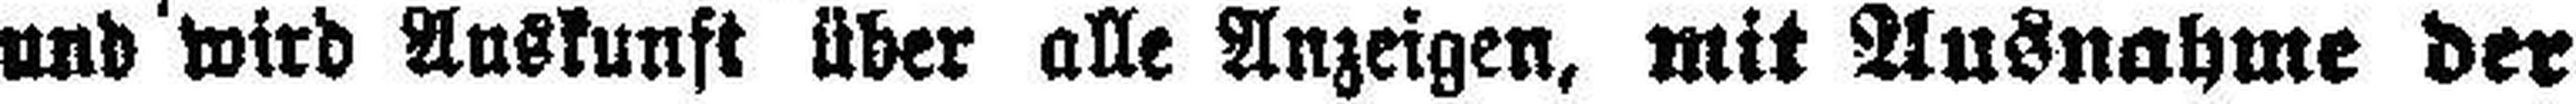
und wird Auskunft über alle Anzeigen, mit Ausnahme der